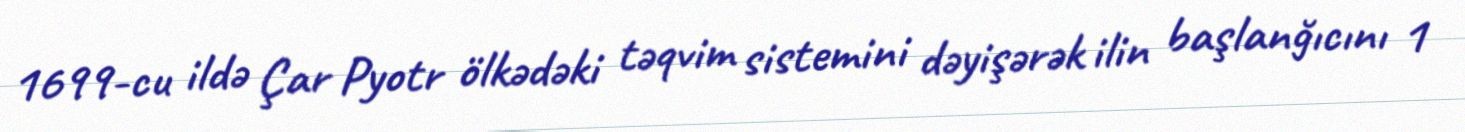
1699-cu ildə Çar Pyotr ölkədəki təqvim sistemini dəyişərək ilin başlanğıcını 1